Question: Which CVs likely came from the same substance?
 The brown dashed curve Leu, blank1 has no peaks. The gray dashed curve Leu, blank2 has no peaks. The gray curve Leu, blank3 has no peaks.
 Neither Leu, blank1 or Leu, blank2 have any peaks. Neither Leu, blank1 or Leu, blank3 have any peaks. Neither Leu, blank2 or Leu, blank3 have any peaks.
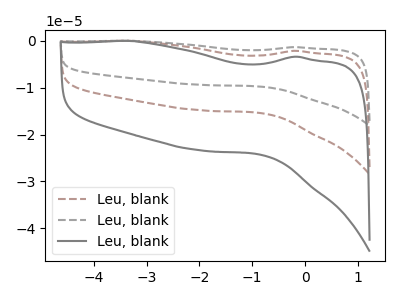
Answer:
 <answer>"Leu, blank3", "Leu, blank1" and "Leu, blank2" have the same shape and are likely CV's of the same chemical.</answer>
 <eval>"Leu, blank3" "Leu, blank1" "Leu, blank2"</eval>